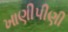
ખાણીપીણી